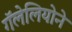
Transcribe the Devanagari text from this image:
गॅलेलियोने